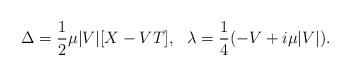
\begin{align*}\Delta = {1 \over 2}\mu |V| [X - VT], \ \ \lambda={1\over 4 } (- V + i \mu |V|).\end{align*}